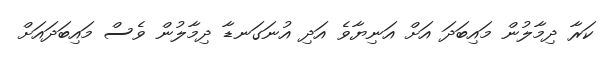
ކަރާ ދިމާލުން މައިބަދަ އަށް އަނިޔާވެ އަދި އުނަގަނޑާ ދިމާލުން ވެސް މައިބަދައަށް